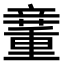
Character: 𥪿